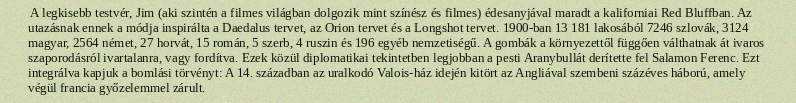
A legkisebb testvér, Jim (aki szintén a filmes világban dolgozik mint színész és filmes) édesanyjával maradt a kaliforniai Red Bluffban. Az utazásnak ennek a módja inspirálta a Daedalus tervet, az Orion tervet és a Longshot tervet. 1900-ban 13 181 lakosából 7246 szlovák, 3124 magyar, 2564 német, 27 horvát, 15 román, 5 szerb, 4 ruszin és 196 egyéb nemzetiségű. A gombák a környezettől függően válthatnak át ivaros szaporodásról ivartalanra, vagy fordítva. Ezek közül diplomatikai tekintetben legjobban a pesti Aranybullát derítette fel Salamon Ferenc. Ezt integrálva kapjuk a bomlási törvényt: A 14. században az uralkodó Valois-ház idején kitört az Angliával szembeni százéves háború, amely végül francia győzelemmel zárult.